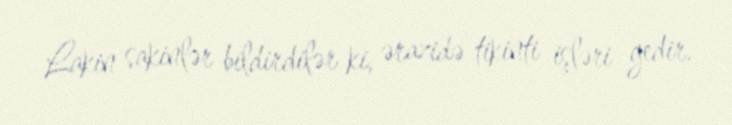
Lakin sakinlər bildirdilər ki, ərazidə tikinti işləri gedir.